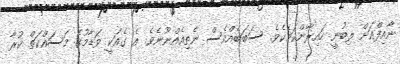
ނާއިފްއަށް ލިބުނީ ހައިރާންކަމެކެވެ. ސަބަބެއްވެސް ނެތިއެއްނޫނެވެ. އެ ގެއަކީ ވަޑާމުގެ މަސައްކަތް ކުރާ